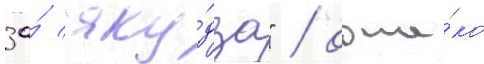
за́ "яку́дза" / одна́ко